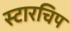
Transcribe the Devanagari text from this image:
स्टारचिप